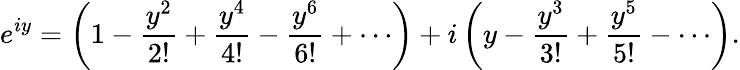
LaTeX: e^{iy}=\left(1-{\frac{y^{2}}{2!}}+{\frac{y^{4}}{4!}}-{\frac{y^{6}}{6!}}+\cdots\right)+i\left(y-{\frac{y^{3}}{3!}}+{\frac{y^{5}}{5!}}-\cdots\right).